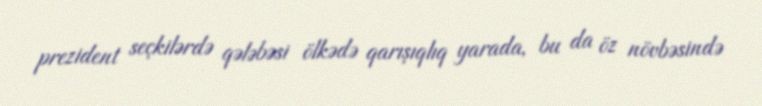
prezident seçkilərdə qələbəsi ölkədə qarışıqlıq yarada, bu da öz növbəsində